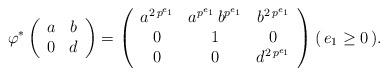
LaTeX: \begin{align*}\varphi^* \left(\begin{array}{c c} a & b \\ 0 & d \end{array}\right) = \left(\begin{array}{c c c} a^{2 \, p^{e_1}} & a^{p^{e_1}} \, b^{p^{e_1}} & b^{2 \, p^{e_1}}\\ 0 & 1 & 0 \\ 0 & 0 & d^{ 2 \, p^{e_1}} \end{array} \right) ( \, e_1 \geq 0 \, ) . \end{align*}